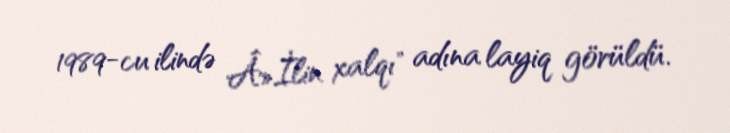
1989-cu ilində Â»İlin xalqı" adına layiq görüldü.